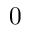
0